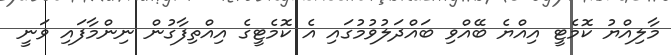
މާލިއްޔު ކޮމެޓީ އިއްޔެ ބޭއްވި ބައްދަލުވުމުގައި އެ ކޮމެޓީގެ އިއްތިފާގުން ނިންމާފައި ވަނީ